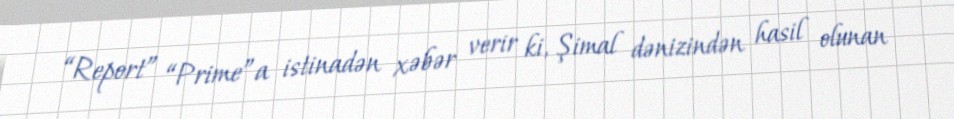
“Report” “Prime”a istinadən xəbər verir ki, Şimal dənizindən hasil olunan